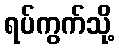
ရပ်ကွက်သို့